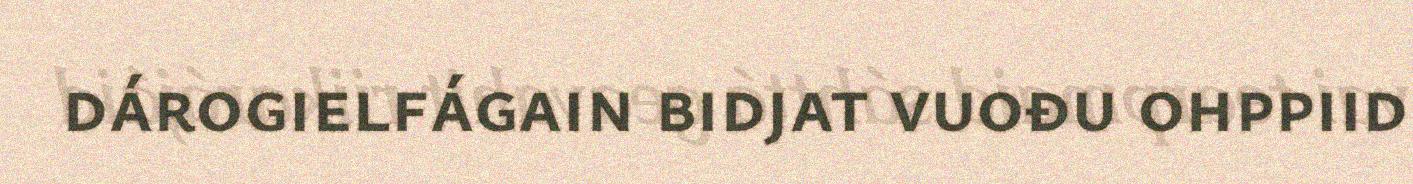
dárogielfágain bidjat vuođu ohppiid